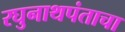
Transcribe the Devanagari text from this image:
रघुनाथपंताचा